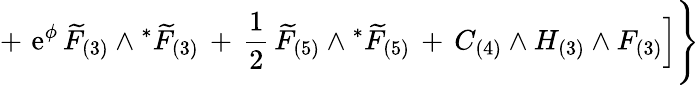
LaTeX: +\, \, \mathrm{e}^{\phi}\, {\widetilde{F}}_{(3)}\wedge{}^{*}{\widetilde{F}}_{(3)}\, +\, \frac{1}{2}\, {\widetilde{F}}_{(5)}\wedge{}^{*}{\widetilde{F}}_{(5)}\, +\, C_{(4)}\wedge H_{(3)}\wedge F_{(3)}\Big]\Bigg\}